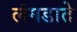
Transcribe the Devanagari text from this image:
लंगडाते